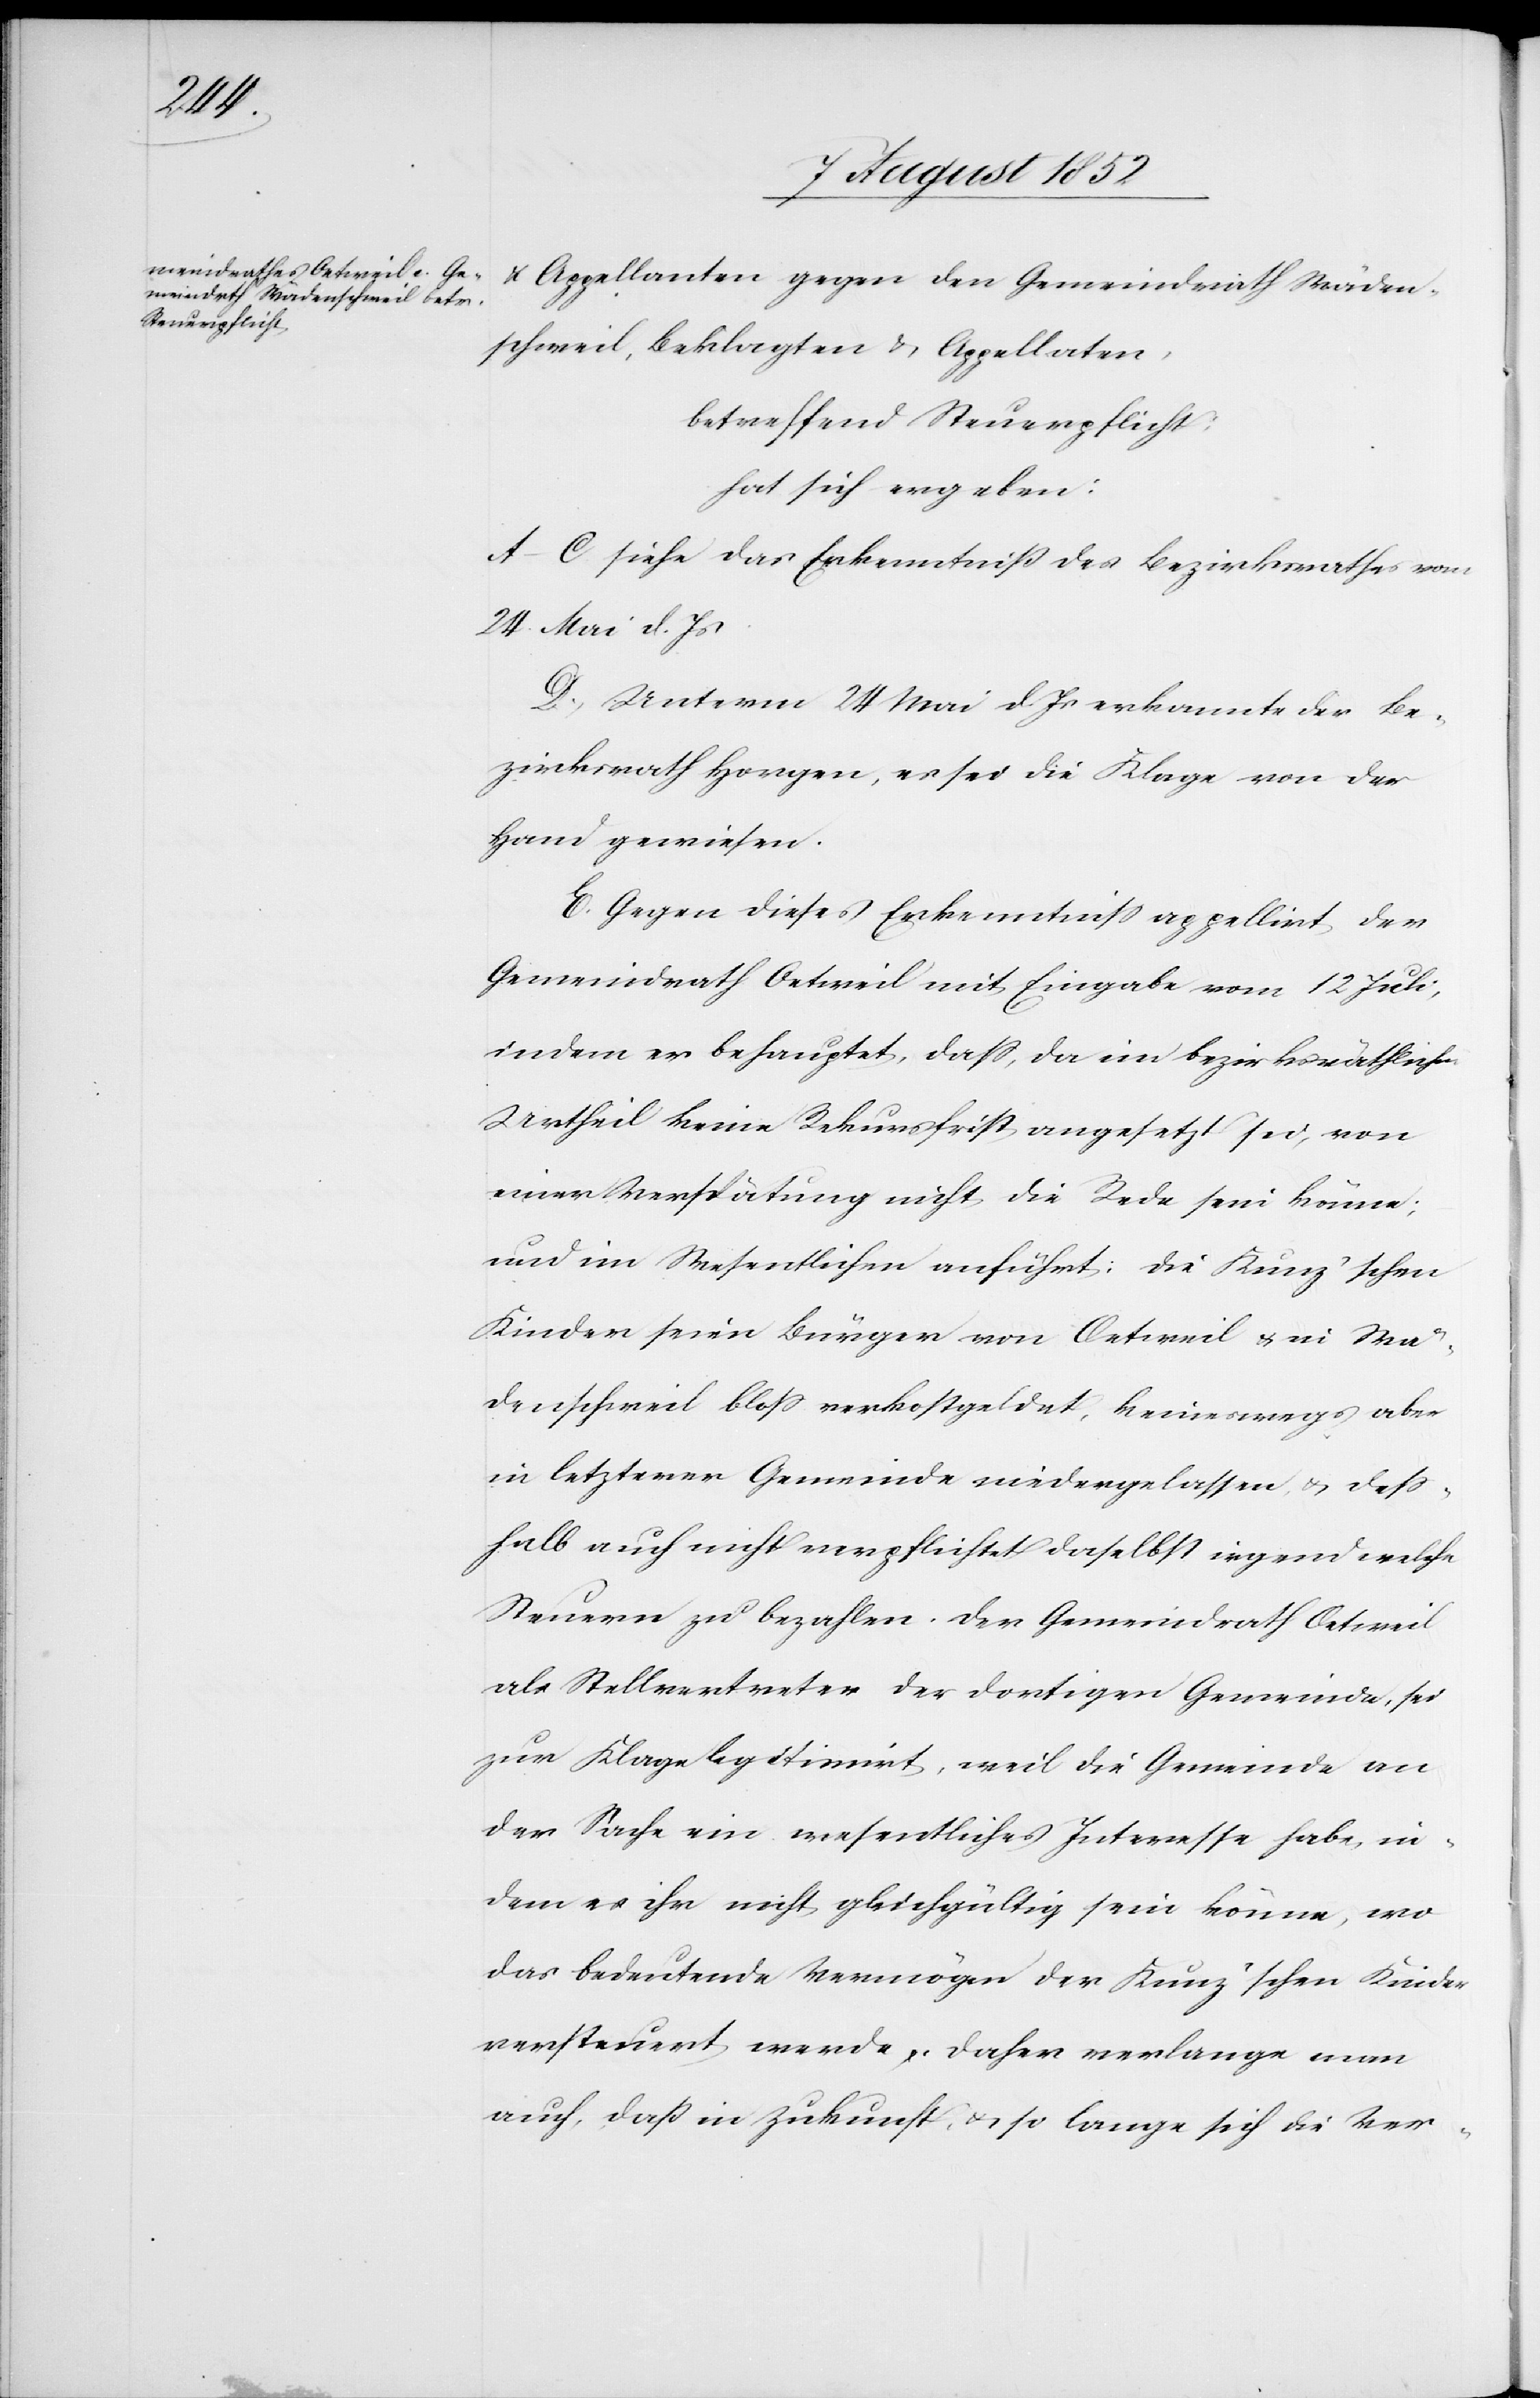
& Appellanten gegen den Gemeindrath Wäden¬
schweil, Beklagten & Appellaten,
betreffend Steuerpflicht;
hat sich ergeben:
A–C siehe das Erkenntniß des Bezirksrathes vom
24. Mai d. Js
D, Unterm 24 Mai d. Js erkannte der Be¬
zirksrath Horgen, es sei die Klage von der
Hand gewiesen.
E. Gegen dieses Erkenntniss appellirt der
Gemeindrath Oetweil mit Eingabe vom 12 Juli,
indem er behauptet, dass, da im bezirksräthlichen
Urtheil keine Rekursfrist angesetzt sei, von
einer Verspätung nicht die Rede sein könne;
und im Wesentlichen anführt: Die Kunz’schen
Kinder seien Bürger von Oetweil & in Wä¬
denschweil bloss verkostgeldet, keineswegs aber
in letzterer Gemeinde niedergelassen, & dess¬
halb auch nicht verpflichtet daselbst irgend welche
Steuern zu bezahlen. Der Gemeindrath Oetweil
als Stellvertreter der dortigen Gemeinde, sei
zur Klage legitimirt, weil die Gemeinde an
der Sache ein wesentliches Interesse habe, in¬
dem es ihr nicht gleichgültig sein könne, wo
das bedeutende Vermögen der Kunz’schen Kinder
versteuert werde. Daher verlange man
auch, daß in Zukunft, & so lange sich die Ver-